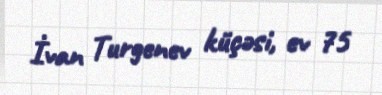
İvan Turgenev küçəsi, ev 75